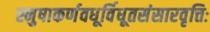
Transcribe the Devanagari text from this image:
स्नुषाकर्णवधूर्विधूतसंसारवृत्तिः